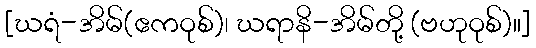
[ဃရံ-အိမ်(ဧကဝုစ်)၊ ဃရာနိ-အိမ်တို့ (ဗဟုဝုစ်)။]